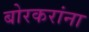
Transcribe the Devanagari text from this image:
बोरकरांना